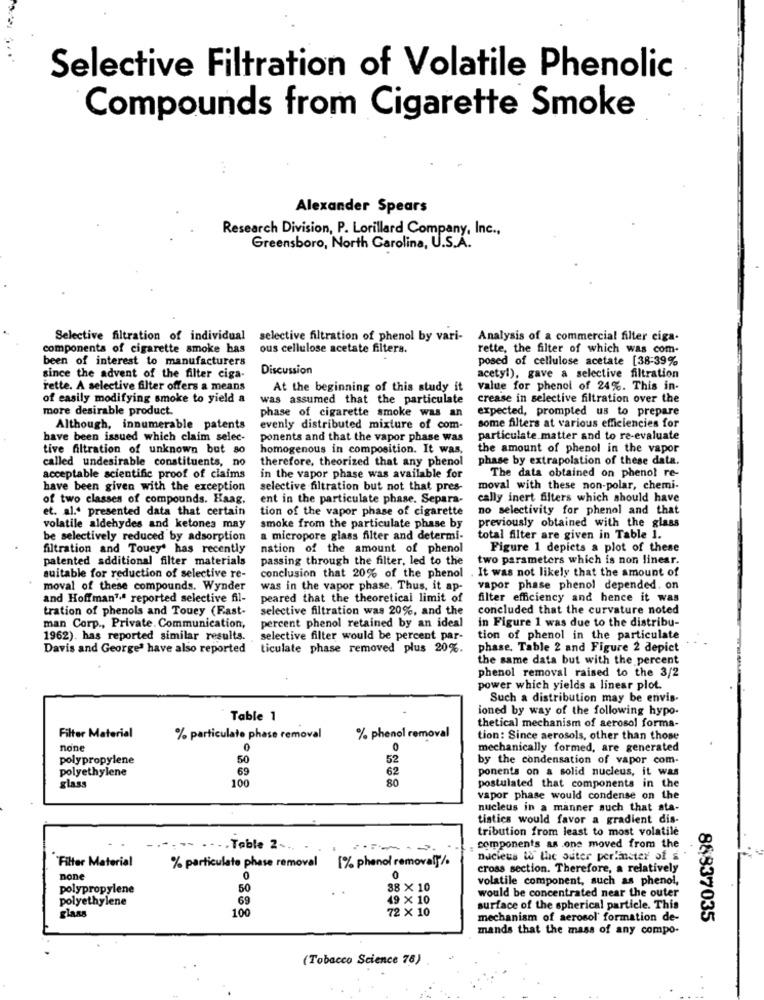
Selective Filtration of Volatile Phenolic
Compounds from Cigarette Smoke
Alexander Spears
Research Division, P. Lorillard Company, Inc .,
Greensboro, North Carolina, U.S.A.
Selective filtration of individual selective filtration of phenol by vari- Analysis of a commercial filter ciga-
components of cigarette smoke has
ous cellulose acetate filters.
rette, the filter of which was com.
been of interest to manufacturers
posed of cellulose acetate [38-39%
Discussion
since the advent of the filter ciga-
acetyl), gave a selective filtration
rette. A selective filter offers a means
At the beginning of this study it
value for phenol of 24%. This in-
of easily modifying smoke to yield a
was assumed that the particulate
crease in selective filtration over the
more desirable product
phase of cigarette smoke was an
expected, prompted us to prepare
Although, innumerable patents
evenly distributed mixture of com-
some filters at various efficiencies for
have been issued which claim selec-
ponents and that the vapor phase was
particulate matter and to re-evaluate
tive filtration of unknown but so
homogenous in composition. It was,
the amount of phenol in the vapor
called undesirable constituents, no
therefore, theorized that any phenol
phase by extrapolation of these data.
The data obtained on phenol re-
acceptable scientific proof of claims
in the vapor phase was available for
have been given with the exception
selective filtration but not that pres-
moval with these non-polar, chemi-
of two classes of compounds. Haag,
ent in the particulate phase. Separa-
cally inert filters which should have
et. al." presented data that certain
tion of the vapor phase of cigarette
no selectivity for phenol and that
smoke from the particulate phase by
volatile aldehydes and ketones may
previously obtained with the glass
be selectively reduced by adsorption
a micropore glass filter and determi-
total filter are given in Table 1.
filtration and Touey' has recently
nation of the amount of phenol
Figure 1 depicts a plot of these
patented additional filter materials
passing through the filter, led to the
two parameters which is non linear.
. It was not likely that the amount of
suitable for reduction of selective re-
conclusion that 20% of the phenol
moval of these compounds. Wynder
was in the vapor phase, Thus, it ap-
vapor phase phenol depended. on
and Hoffman™ª reported selective fil-
peared that the theoretical limit of
filter efficiency and hence it was
tration of phenols and Touey (Fast-
selective filtration was 20%, and the
concluded that the curvature noted
percent phenol retained by an ideal
in Figure 1 was due to the distribu-
man Corp ., Private. Communication,
1962). has reported similar results.
selective filter would be percent par-
tion of phenol in the particulate
Davis and George' have also reported
ticulate phase removed plus 20%.
phase. Table 2 and Figure 2 depict
the same data but with the percent
phenol removal raised to the 3/2
power which yields a linear plot.
Such a distribution may be envis
ioned by way of the following hypo-
Table 1
Filter Material
thetical mechanism of aerosol forma-
% particulate phase removal
% phenol removal
tion: Since aerosols, other than those
none
0
mechanically formed, are generated
polypropylene
50
52
by the condensation of vapor com-
polyethylene
62
ponents on a solid nucleus, it was
100
69
80
glass
postulated that components in the
vapor phase would condense on the
nucleus in a manner such that ata-
tistica would favor a gradient dis-
tribution from least to most volatile
. Table 2 -..
components as one moved from the
Filter Material
nucleus W& the outer perlister of s
% particulate phase removal
[% phenol removal]/.
cross section. Therefore, a relatively
none
0
0
volatile component, such as phenol,
polypropylene
50
38×10
would be concentrated near the outer
polyethylene
69
49 × 10
100
72 × 10
surface of the spherical particle. This
glans
mechanism of aerosol' formation de-
88837035
mands that the mass of any compo-
(Tobacco Science 78)